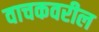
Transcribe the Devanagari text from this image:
वाचकवरील